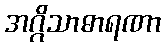
အဂ္ဂိသာဓာရဏာ